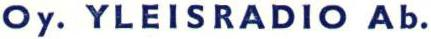
Oy. YLEISRADIO Ab.